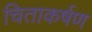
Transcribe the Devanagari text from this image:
चिताकर्षण